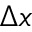
\Delta x